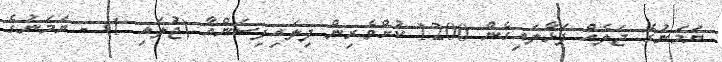
ޔަމަނުގެ ޖަލެއް ފަޅާލައިގެން 1200 ކުށްވެރިން ފިލައިފިސަންއާ (ޖުލައި 1) - ޔަމަނުގެ